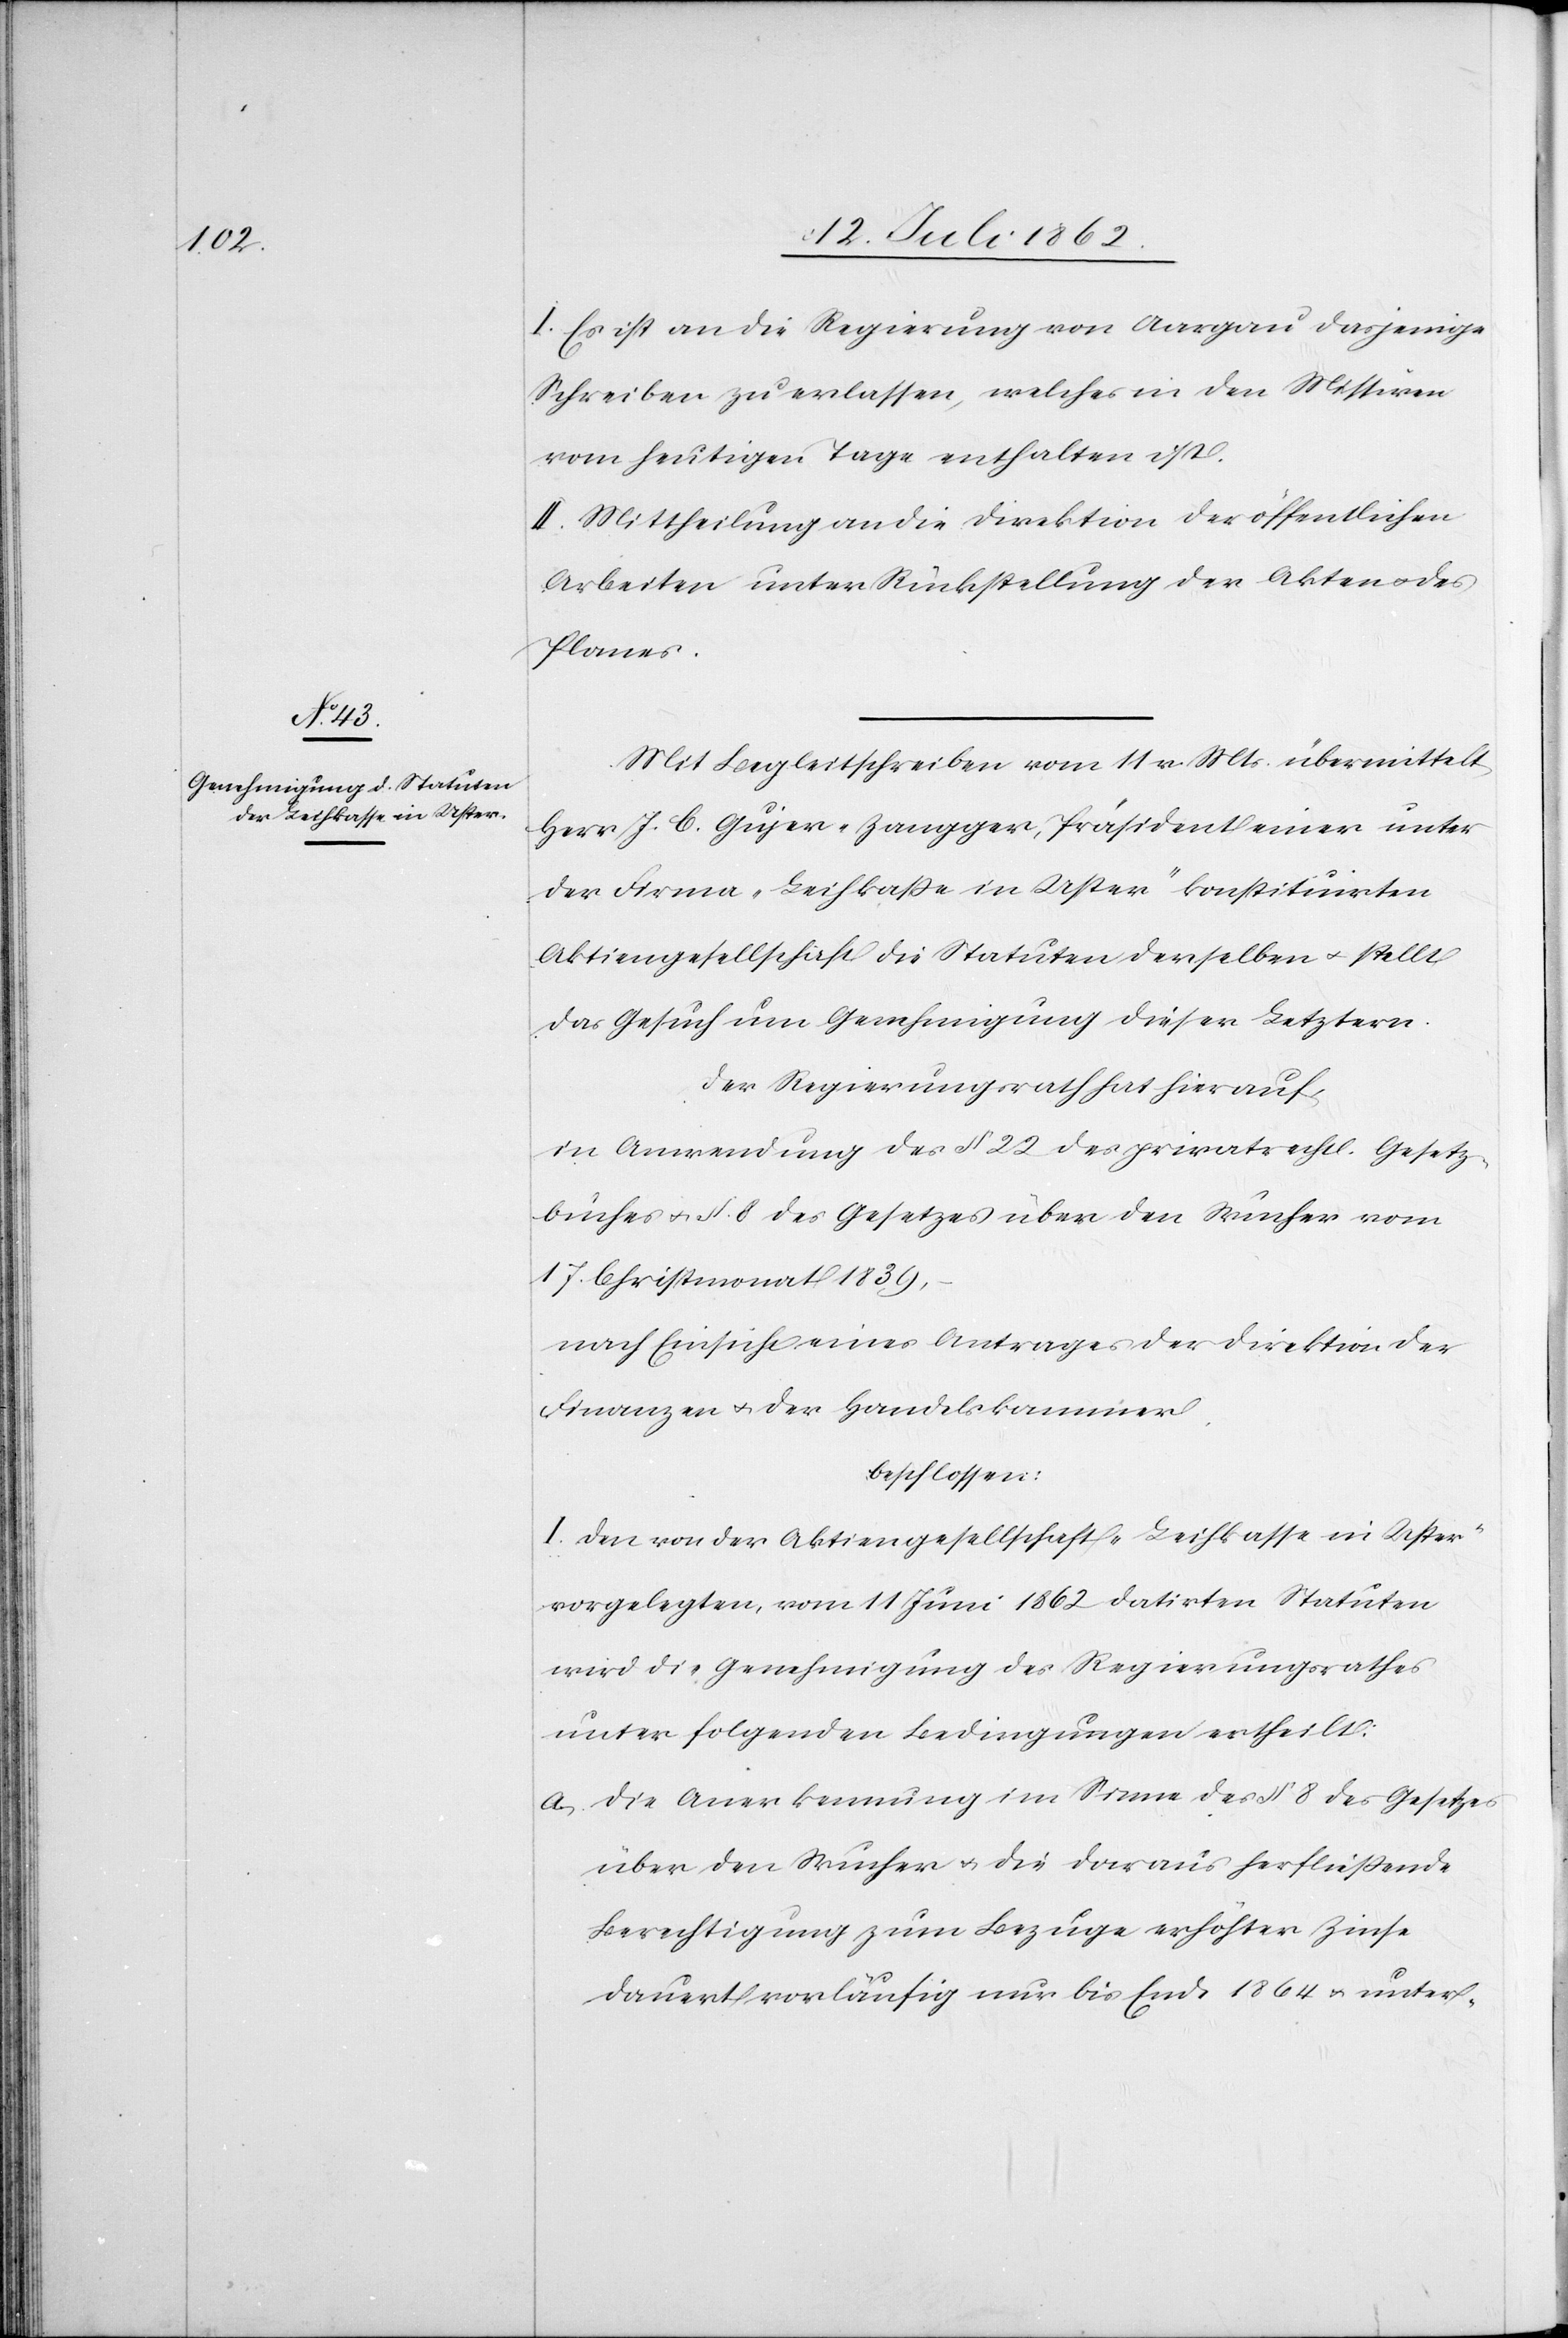
I. Es ist an die Regierung von Aargau dasjenige
Schreiben zu erlassen, welches in den Missiven
vom heutigen Tage enthalten ist.
II. Mittheilung an die Direktion der öffentlichen
Arbeiten unter Rückstellung der Akten des
Planes.
Mit Begleitschreiben vom 11. v. Mts. übermittelt
Herr J. C. Gujer-Zangger, Präsident einer unter
der Firma „Leihkasse in Uster“ konstituirten
Aktiengesellschaft die Statuten derselben u. stellt
das Gesuch um Genehmigung dieser Letztern.
Der Regierungsrath hat hierauf,
in Anwendung des § 22 des privatrechtl. Gesetz¬
buches u. § 8 des Gesetzes über den Wucher vom
17. Christmonat 1839,
nach Einsicht eines Antrages der Direktion der
Finanzen u. der Handelskammer
beschlossen:
I. Den von der Aktiengesellschaft „Leihkasse in Uster“
vorgelegten, vom 11. Juni 1862 datirten Statuten
wird die Genehmigung des Regierungsrathes
unter folgenden Bedingungen ertheilt:
a. die Anerkennung im Sinne des § 8 des Gesetzes
über den Wucher u. die daraus herfließende
Berechtigung zum Bezuge erhöhter Zinse
dauert vorläufig nur bis Ende 1864 u. unter-